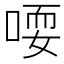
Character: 𫪱